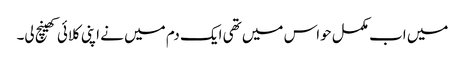
میں اب مکمل حواس میں تھی ایک دم میں نے اپنی کلائی کھینچ لی۔